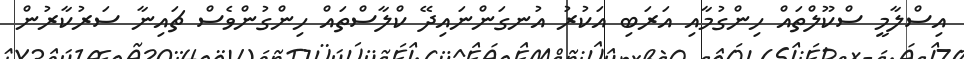
އިސްލާމީ ސްކޫލްތައް ހިންގުމާއި އަރަބި އަކުރު އުނގަންނައިދޭ ކްލާސްތައް ހިންގުންވެސް ޗައިނާ ސަރުކާރުން